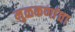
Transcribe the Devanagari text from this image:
मुळकणांचा